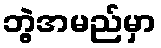
ဘွဲ့အမည်မှာ